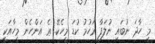
މީ ހާދަ ނުބައި ނުލަފާ ރަހުމު ކުޑަ މީހެކޭ. ޢެ އަންހެން މީހާއަކީ